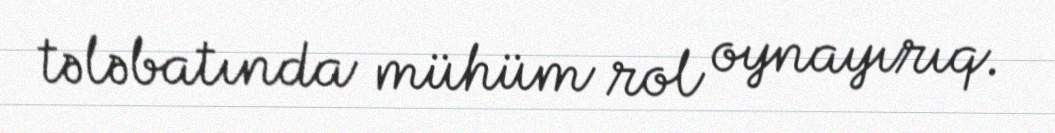
tələbatında mühüm rol oynayırıq.